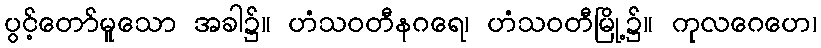
ပွင့်တော်မူသော အခါ၌။ ဟံသဝတီနဂရေ၊ ဟံသဝတီမြို့၌။ ကုလဂေဟေ၊